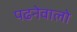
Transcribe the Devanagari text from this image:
पढनेवालो